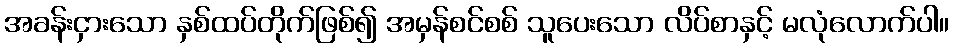
အခန်းငှားသော နှစ်ထပ်တိုက်ဖြစ်၍ အမှန်စင်စစ် သူပေးသော လိပ်စာနှင့် မလုံလောက်ပါ။